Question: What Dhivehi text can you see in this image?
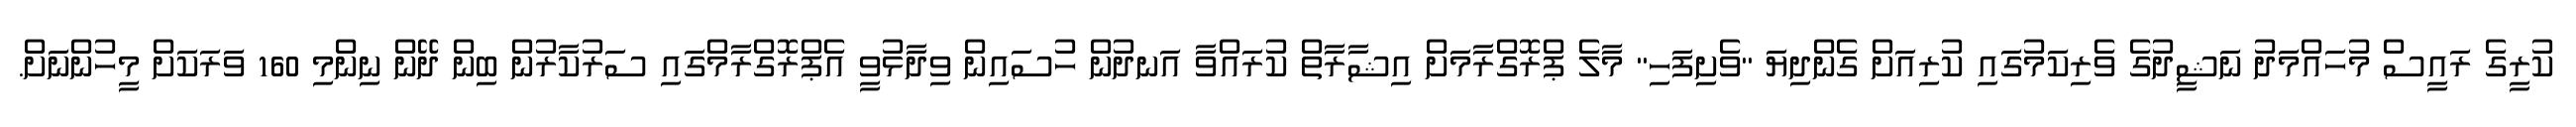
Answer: ކުރީގެ ރައީސް މުހައްމަދު ނަޝީދުގެ ވެރިކަމުގައި ކުރިއަށް ގެންދިޔަ "ވެށިފަހި" މާލެ ޕްރޮގްރާމަށް އިޝާރާތް ކުރައްވާ އަނދުން ހުސައިން ވިދާޅުވީ އެޕްރޮގްރާމްގައި ސަރުކާރުން ބިން ދޭން ނިންމި 160 ވަރަކަށް މީހުންނަށް.